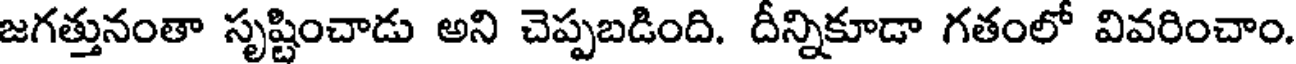
జగత్తునంతా సృష్టించాడు అని చెప్పబడింది. దీన్నికూడా గతంలో వివరించాం